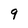
Character: 9